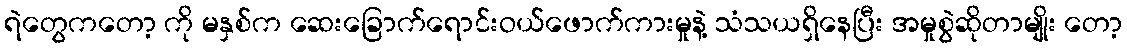
ရဲတွေကတော့ ကို မနှစ်က ဆေးခြောက်ရောင်းဝယ်ဖောက်ကားမှုနဲ့ သံသယရှိနေပြီး အမှုစွဲဆိုတာမျိုး တော့